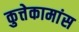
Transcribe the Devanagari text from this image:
कुत्तेकामांस